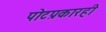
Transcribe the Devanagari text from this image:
पोटप्रकारही